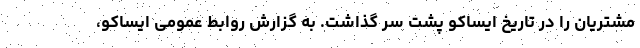
مشتریان را در تاریخ ایساکو پشت سر گذاشت. به گزارش روابط عمومی ایساکو،